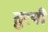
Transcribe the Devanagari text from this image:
तुरयी